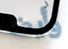
وأيضا